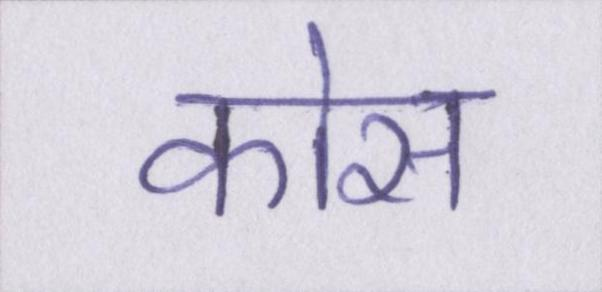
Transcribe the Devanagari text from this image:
कोस